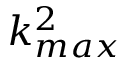
{ k _ { m a x } ^ { 2 } }